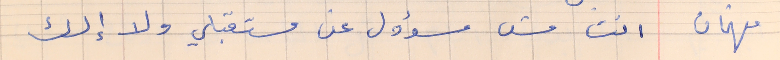
فهمان     انت مش مسؤول عن مستقبلي ولا إلك